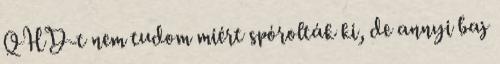
QHD-t nem tudom miért spórolták ki, de annyi baj